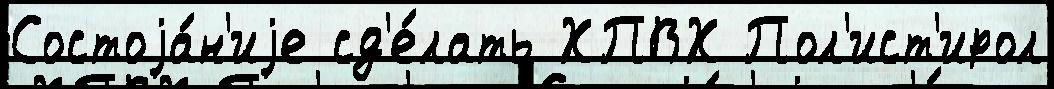
Состоjа́н'иjе сд'е́лать ХПВХ Пол'ист'ирол